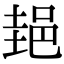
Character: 郌